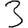
Digit: 3